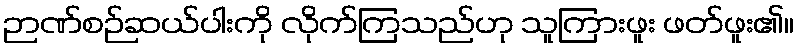
ဉာဏ်စဉ်ဆယ်ပါးကို လိုက်ကြသည်ဟု သူကြားဖူး ဖတ်ဖူး၏။